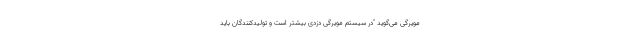
مویرگی می‌گوید "در سیستم مویرگی دزدی بیشتر است و تولیدکنندگان باید